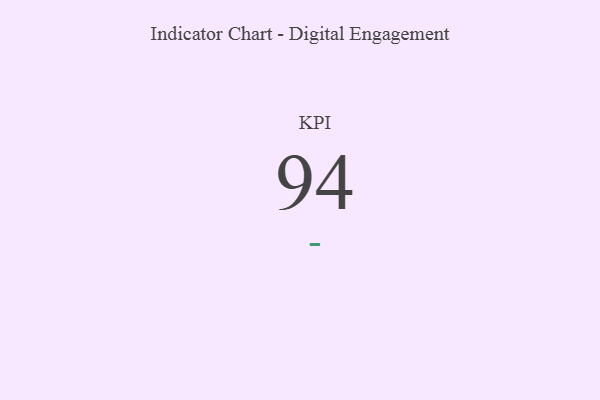
{"axis": {"x": "KPI", "y": "Value"}, "legend": [""], "data": [{"x": "KPI", "y": 94, "type": ""}]}